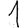
Digit: 1